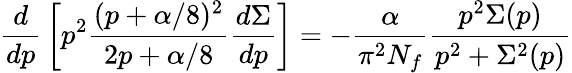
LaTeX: {\frac{d}{dp}}\left[p^{2}\frac{(p+\alpha/8)^{2}}{2p+\alpha/8}\frac{d\Sigma}{dp}\right]=-\frac{\alpha}{\pi^{2}N_{f}}\frac{p^{2}\Sigma(p)}{p^{2}+\Sigma^{2}(p)}